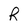
Character: R